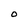
Character: O